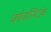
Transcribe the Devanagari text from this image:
घर्षणस्थिरांक